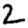
Digit: 2